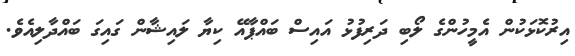
އިރުކޮޅަކުން އެމީހުންގެ ލޯބި ދަރިފުޅު އައިސް ބައްޕާއޭ ކިޔާ ލައިޝާން ގައިގަ ބައްދާލިއެވެ.